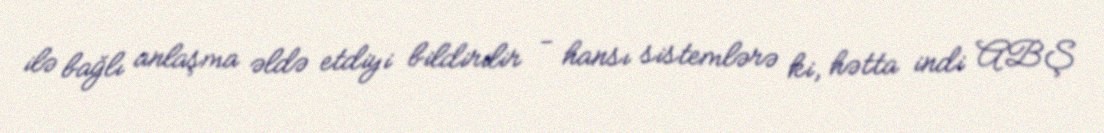
ilə bağlı anlaşma əldə etdiyi bildirilir - hansı sistemlərə ki, hətta indi ABŞ